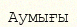
Аумығы